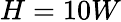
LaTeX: H=10W